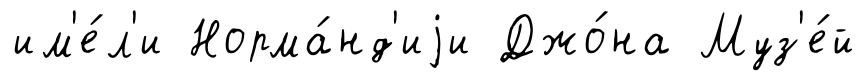
им'е́л'и Норма́нд'иjи Джо́на Муз'е́й